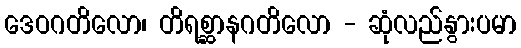
ဒေဝဂတိလော၊ တိရစ္ဆာနဂတိလော - ဆုံလည်နွားပမာ